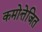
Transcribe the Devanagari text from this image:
कमोत्तेजित